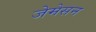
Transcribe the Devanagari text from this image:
जेमेसन